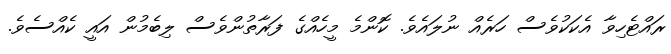
ރައްޓެހިވާ އެކަކުވެސް ހަރެއް ނުލައެވެ. ކޮންމެ މީހެއްގެ ފަރާތުންވެސް ލިބެމުން އައީ ކެއްސެވެ.